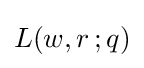
L(w,r\,;q)